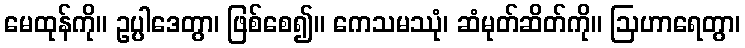
မေထုန်ကို။ ဥပ္ပါဒေတွာ၊ ဖြစ်စေ၍။ ကေသမဿုံ၊ ဆံမုတ်ဆိတ်ကို။ ဩဟာရေတွာ၊